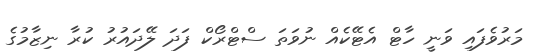
މަރުވެފައި ވަނީ ހާޓް އެޓޭކެއް ނުވަތަ ސްޓްރޯކް ފަދަ ލޭދައުރު ކުރާ ނިޒާމުގެ